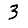
Digit: 3